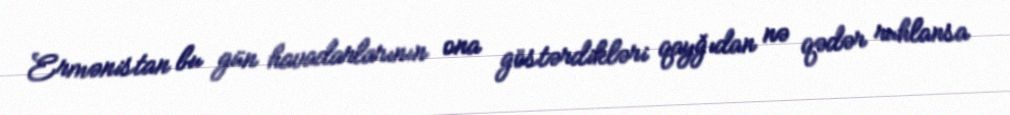
Ermənistan bu gün havadarlarının ona göstərdikləri qayğıdan nə qədər ruhlansa